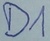
Text: D1